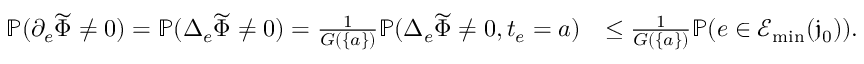
\begin{array} { r l } { \mathbb { P } ( \partial _ { e } \widetilde { \Phi } \ne 0 ) = \mathbb { P } ( \Delta _ { e } \widetilde { \Phi } \ne 0 ) = \frac { 1 } { G ( \{ a \} ) } \mathbb { P } ( \Delta _ { e } \widetilde { \Phi } \ne 0 , t _ { e } = a ) } & { \le \frac { 1 } { G ( \{ a \} ) } \mathbb { P } ( e \in \mathcal { E } _ { \operatorname* { m i n } } ( \mathfrak j _ { 0 } ) ) . } \end{array}